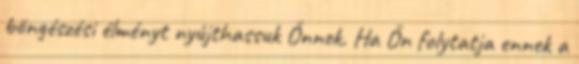
böngészési élményt nyújthassuk Önnek. Ha Ön folytatja ennek a